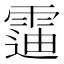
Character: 䨤